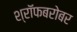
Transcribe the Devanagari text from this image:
श्रॉफबरोबर